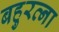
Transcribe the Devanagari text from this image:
बहुरत्ना